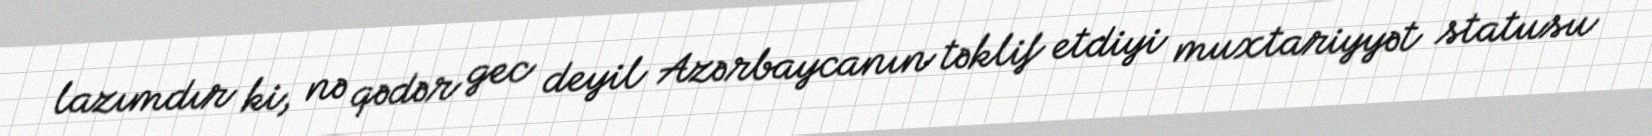
lazımdır ki, nə qədər gec deyil Azərbaycanın təklif etdiyi muxtariyyət statusu